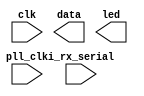
// This program was cloned from: https://github.com/Mr-Kaushal-22/WS2812_Interfacing
// License: MIT License


// Efinity Top-level template
// Version: 2023.2.307

// Copyright (C) 2013 - 2023 Efinix Inc. All rights reserved.

// This file may be used as a starting point for Efinity synthesis top-level target.
// The port list here matches what is expected by Efinity constraint files generated
// by the Efinity Interface Designer.

// To use this:
//     #1)  Save this file with a different name to a different directory, where source files are kept.
//              Example: you may wish to save as /home/kaush/Desktop/Efinity/WS2812_Protocol/WS2812_Protocol.v
//     #2)  Add the newly saved file into Efinity project as design file
//     #3)  Edit the top level entity in Efinity project to:  WS2812_Protocol
//     #4)  Insert design content.


module WS2812_Protocol
(
  input i_rx_serial,
  input pll_clk,
  input clk,
  output data,
  output led
);


endmodule